Bréfritari: Ragnheiður Daníelsdóttir
Viðtakandi: Daníel Halldórsson og Jakobína Magnúsdóttir
Dagsetning: A-1891-07-10
Skrifað á: Skeggjastöðum  N-Múl. ?
Ragnheiður var dóttir Daníels og Jakobínu

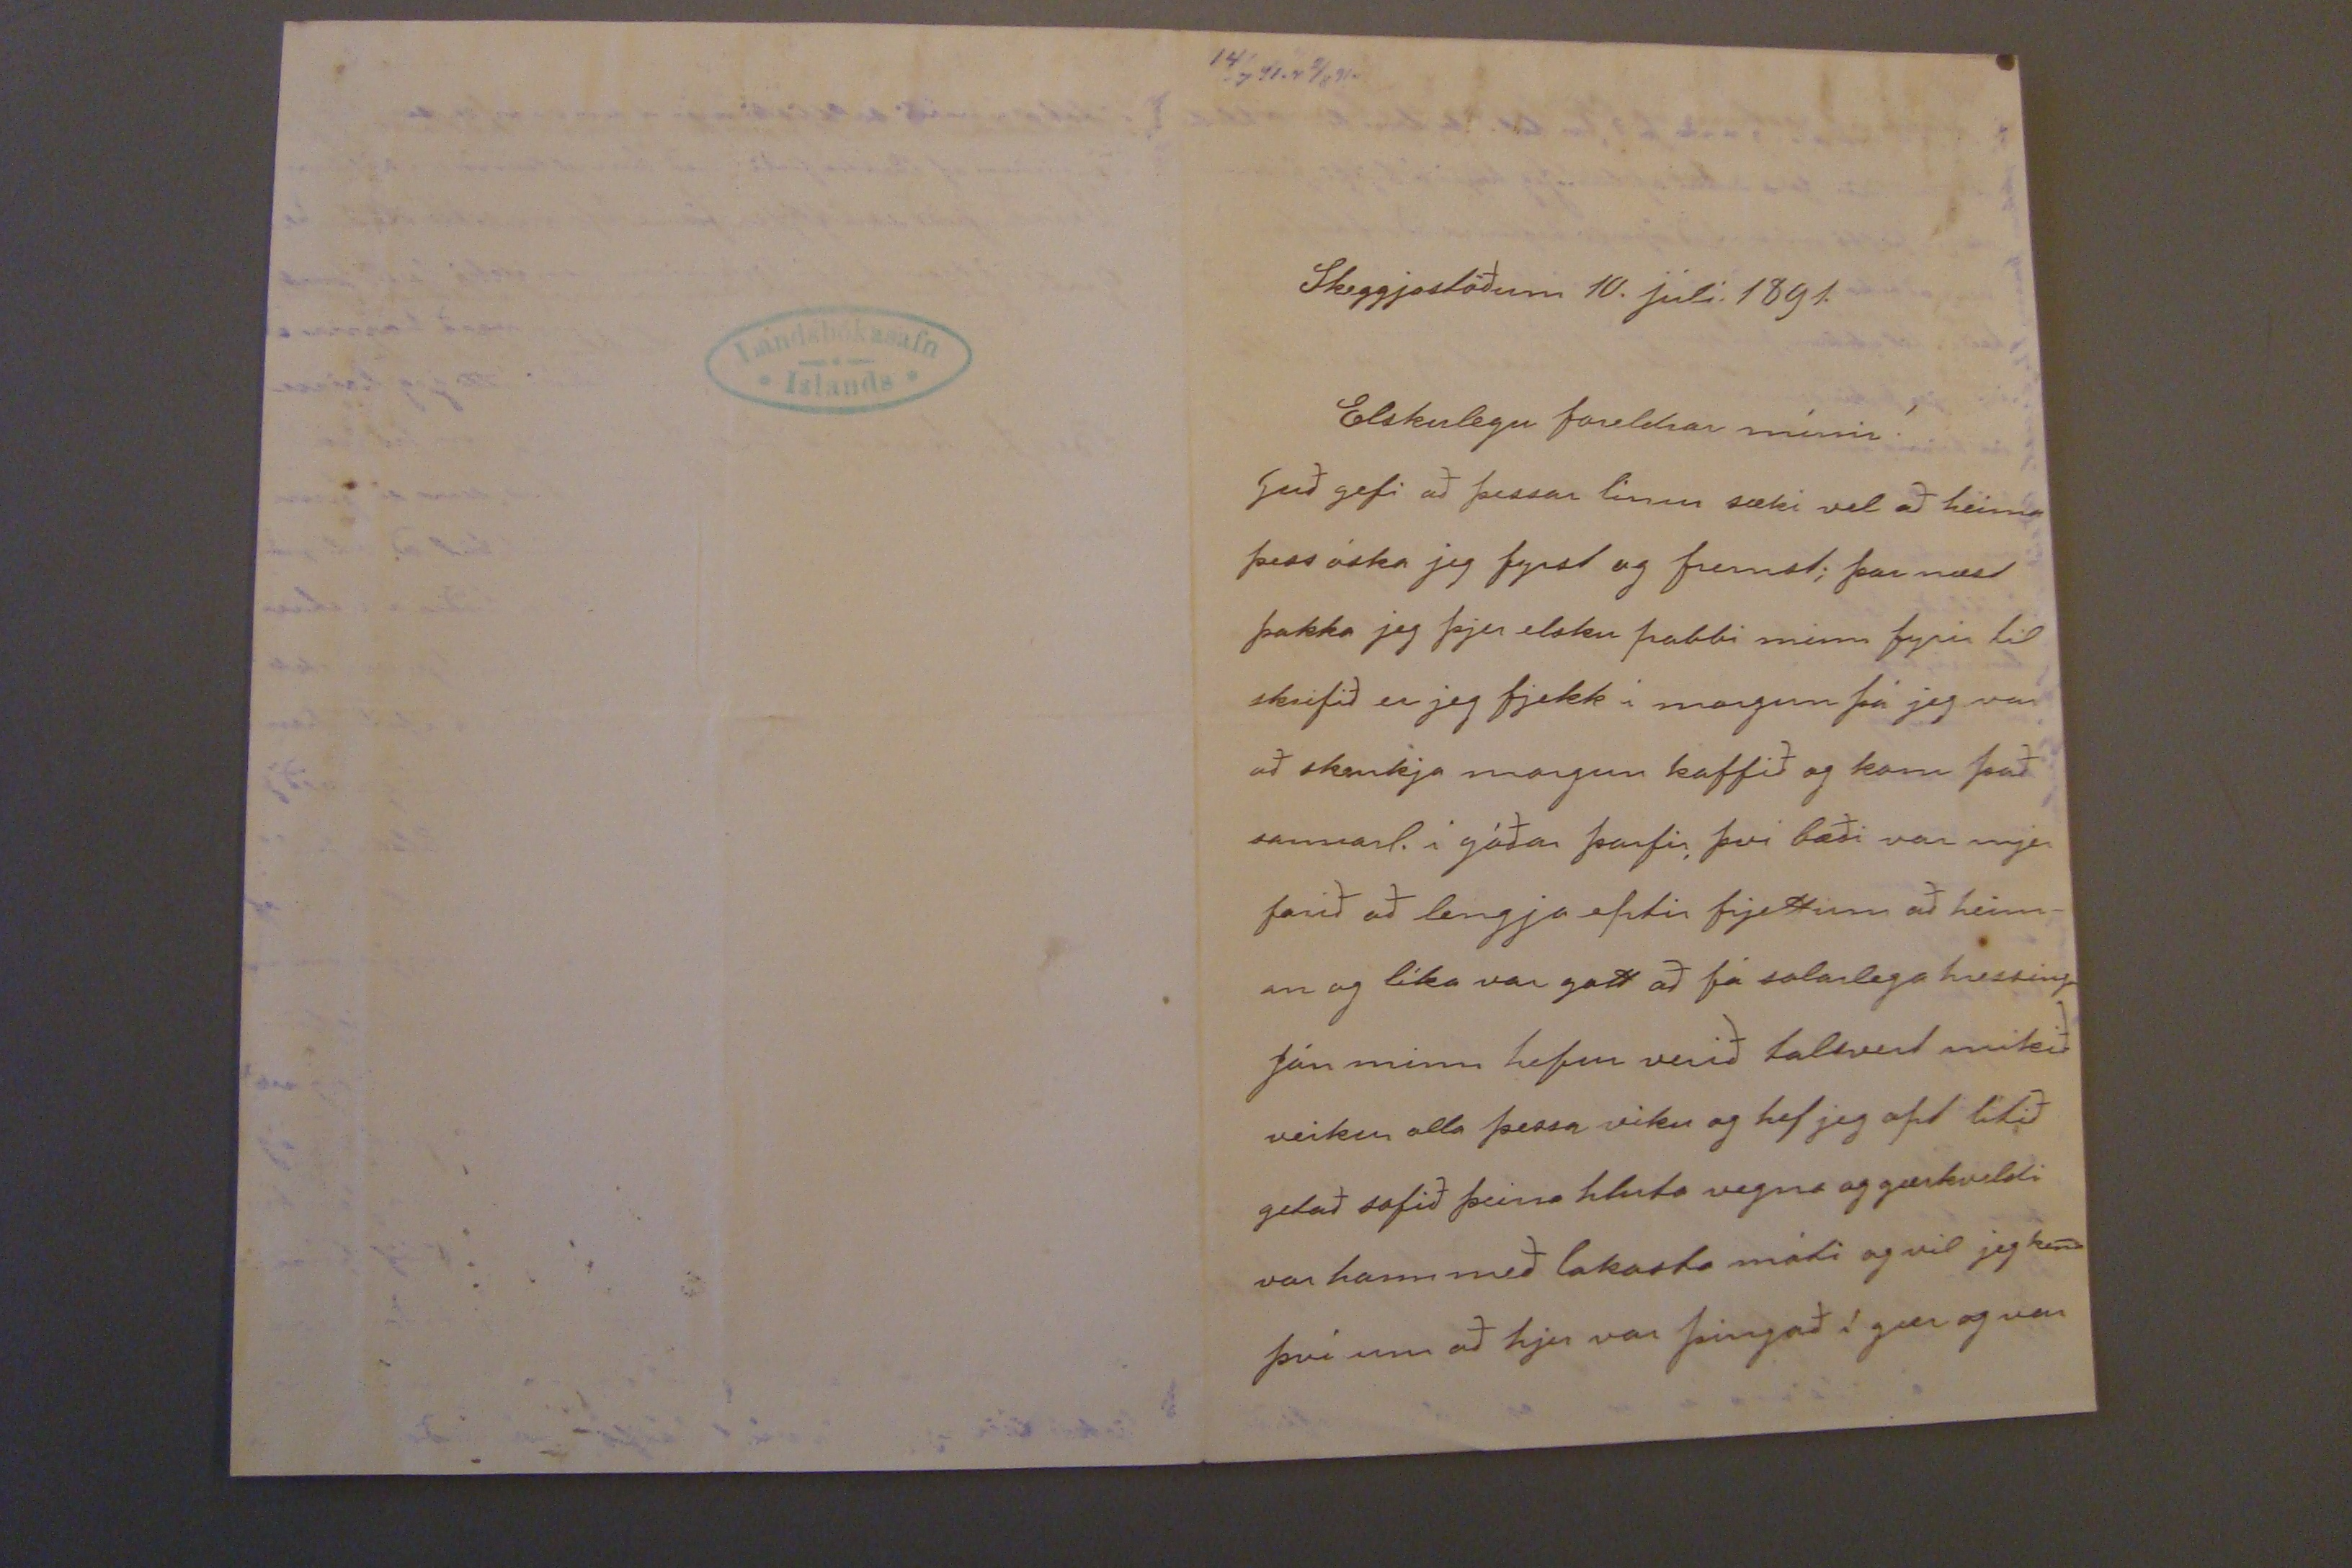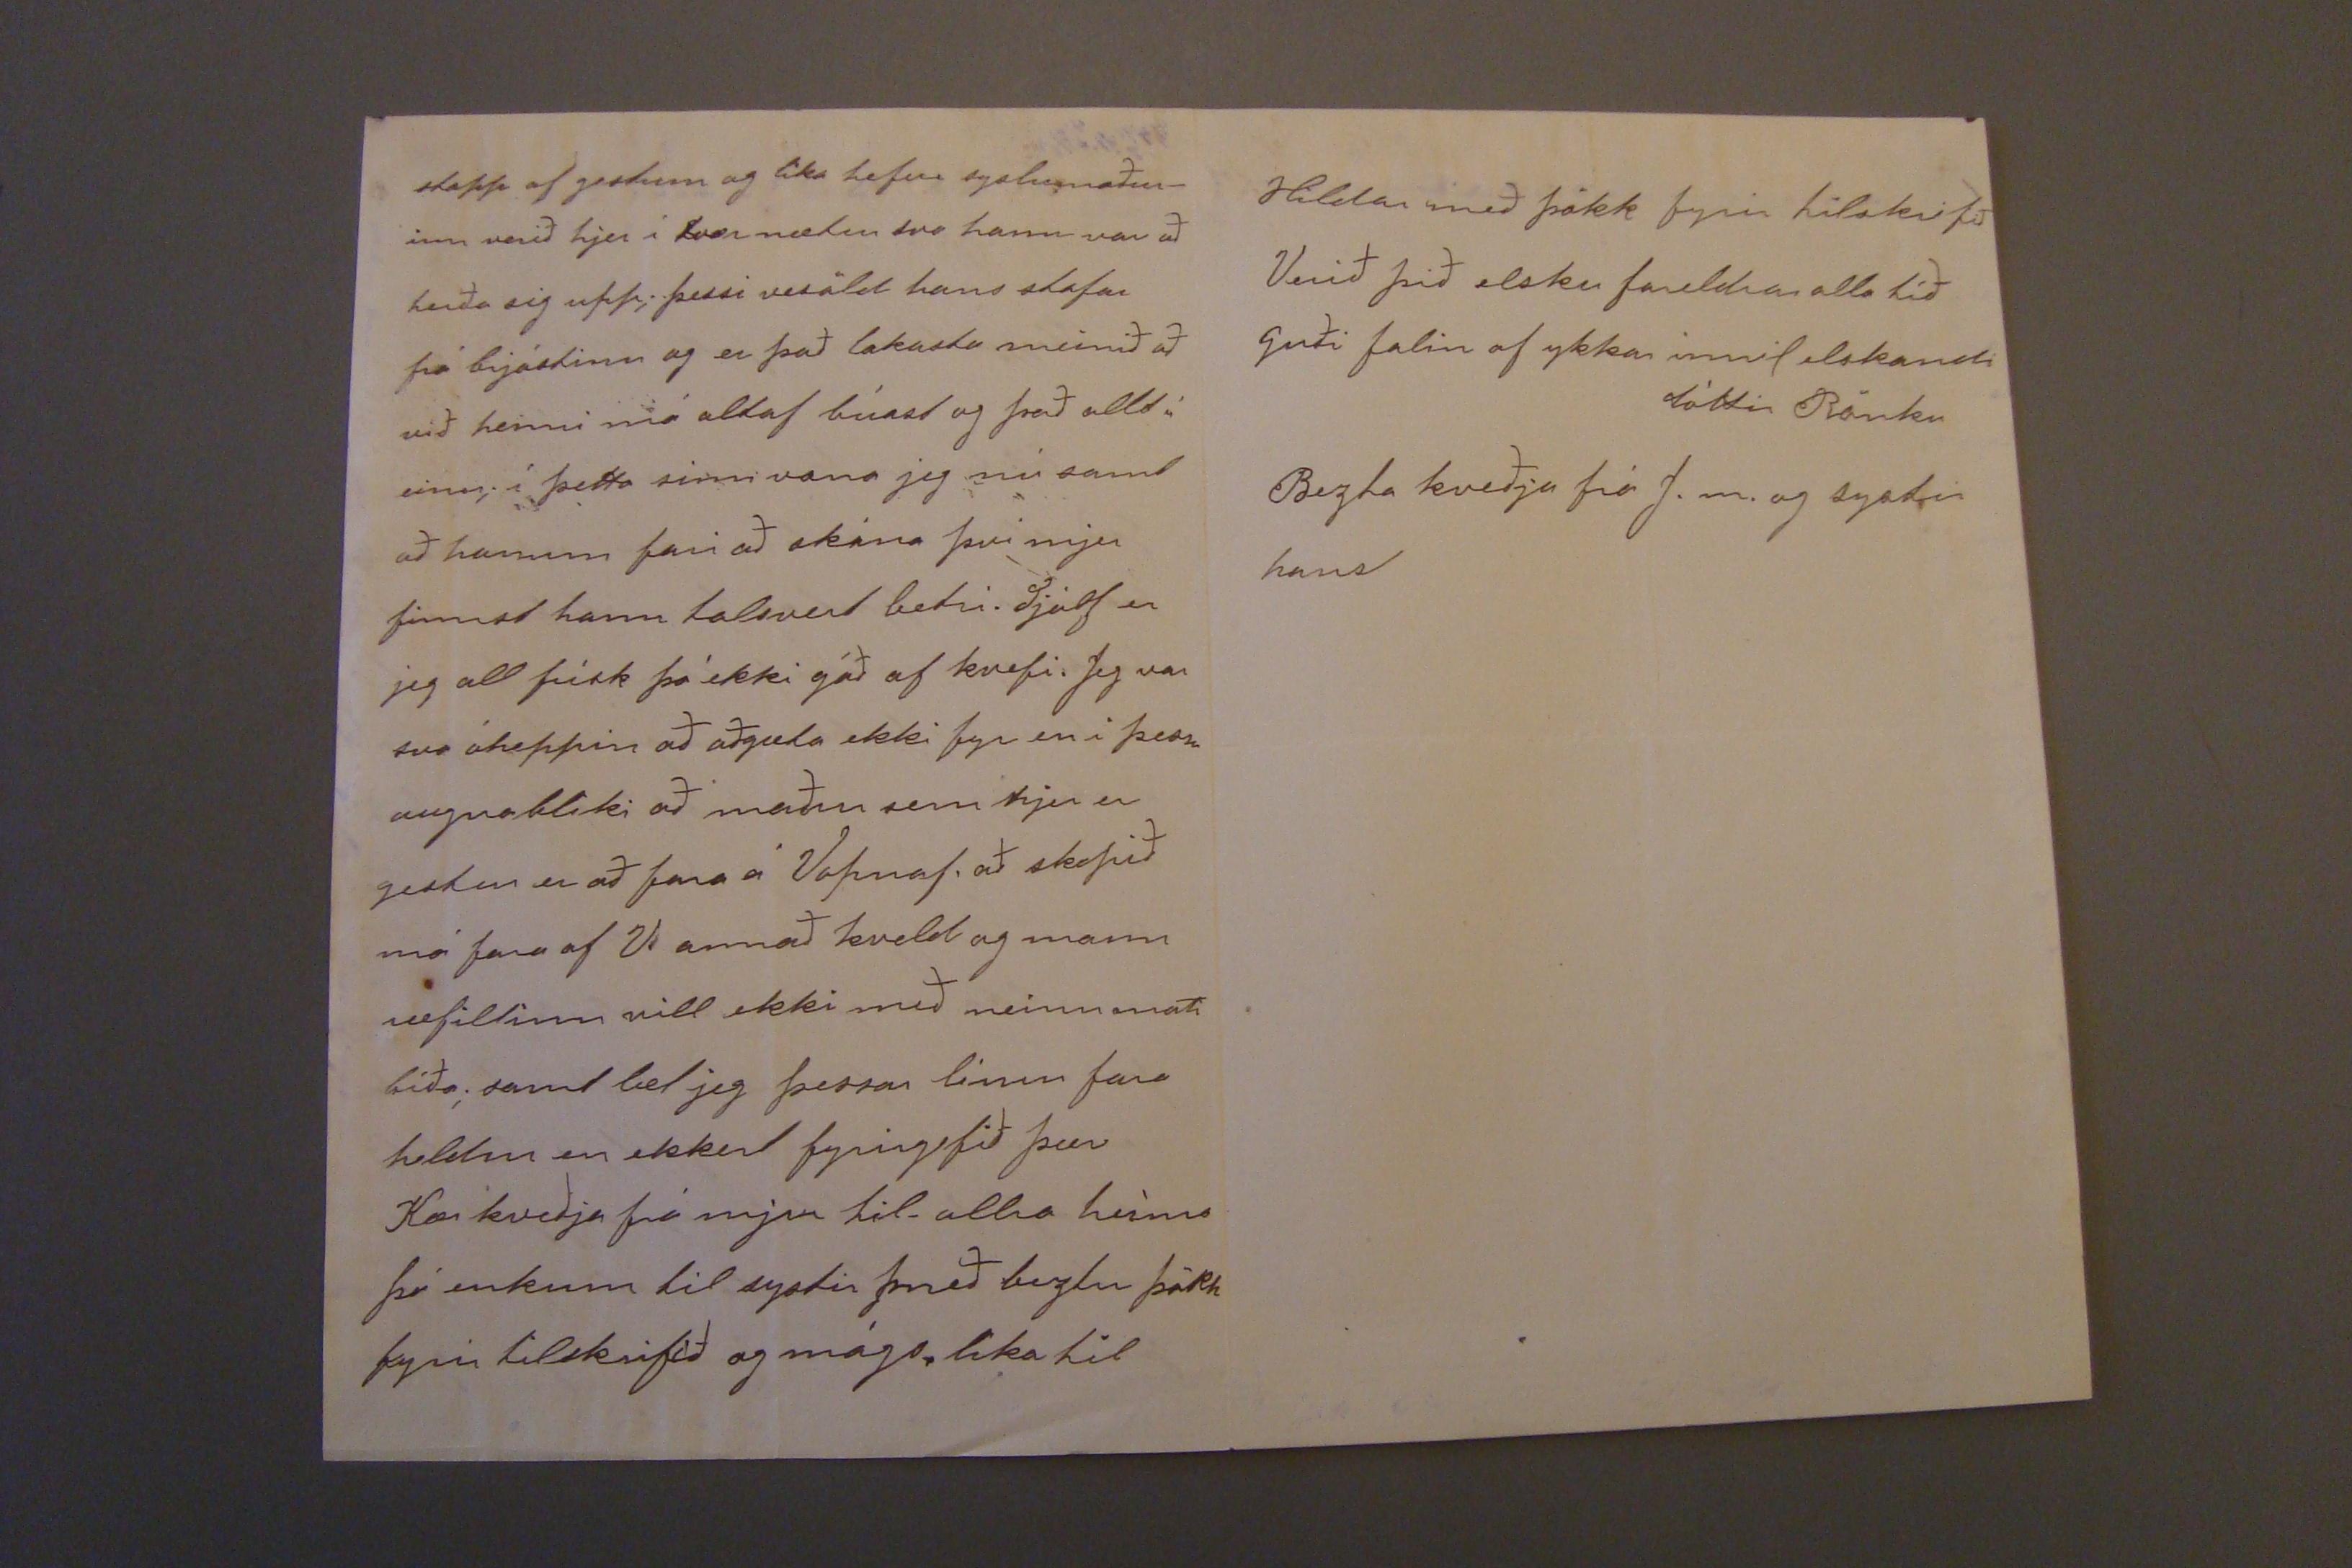

14/7 91. s 2/8 91.
Skeggjastöðum 10. júlí 1891.
Elskulegu foreldrar mínir!
Guð gefi að þessar línur sæki vel að heima þess óska jeg fyrst og fremst; þar næst þakka jeg þjer elsku pabbi minn fyrir til skrifið er jeg fjekk í morgun þá jeg var að skenkja morgun kaffið og kom það sannarl. í góðar þarfir; því bæði var mjer farið að legnja eptir frjettum að heim- an og líka var gott að fá salarlega hressingu Jón minn hefur verið talsvert mikið veikur alla þessa viku og hef jeg opt lítið getað sofið þeirra hluta vegna og gærkveldi var hann með lakasta móti og vil jeg kena því um að hjer var þingað í gær og var
stapp af gestum og líka hefur syslumaður_ inn verið hjer í tvær nætur svo hann var að herða sig upp; þessi vesöld hans stafar frá brjóstinu og er það lakasta meinið að við henni má altaf búast og það allt í einu; í þetta sinni vona jeg nú samt að honum fari að skána því mjer finnst hann talsvert betri. Sjálf er jeg all frísk þá ekki fyr en í þessu augnabliki að maður sem hjer er gestur er að fara á Vopnaf. að skipið má fara af V. annað kveld og mann ræfillinn vill ekki með neinu móti bíða; samt læt jeg þessar línur fara heldur en ekkert fyrirgefið þær Kær kveðja frá mjer til allra heima þá enkum til systir J með beztu þökk fyrir tilskrifið og mágs líka til
Hildar með þökk fyrir tilskrifið Verið þið elsku foreldrar alla tíð Guði falin af ykkar innil elskandi dóttir Rönku
Bezta kveðja frá J. m. og systir hans